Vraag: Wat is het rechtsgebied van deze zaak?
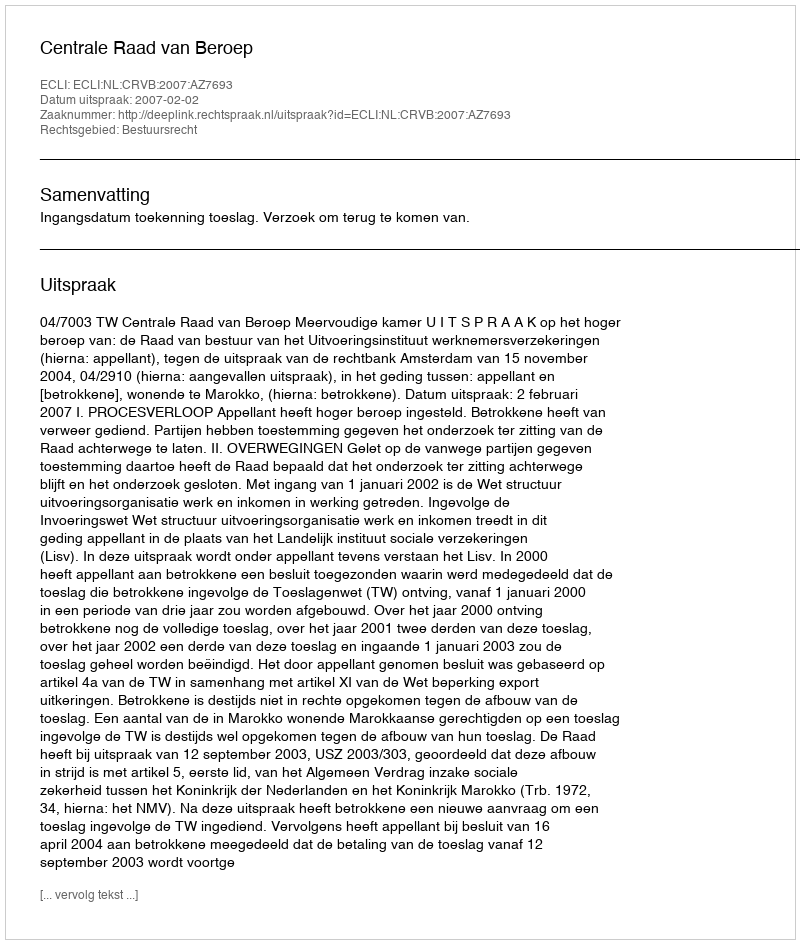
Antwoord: Bestuursrecht